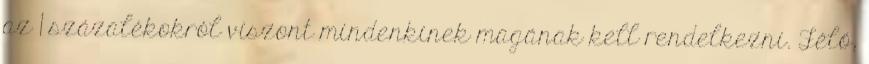
az 1 százalékokról viszont mindenkinek magának kell rendelkezni. Félő,